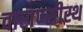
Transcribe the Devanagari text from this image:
वाराण्सीस्थ